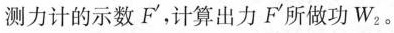
测力计的示数F^{\prime}，计算出力F'所做功W_{2}。